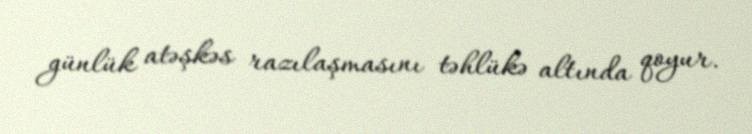
günlük atəşkəs razılaşmasını təhlükə altında qoyur.